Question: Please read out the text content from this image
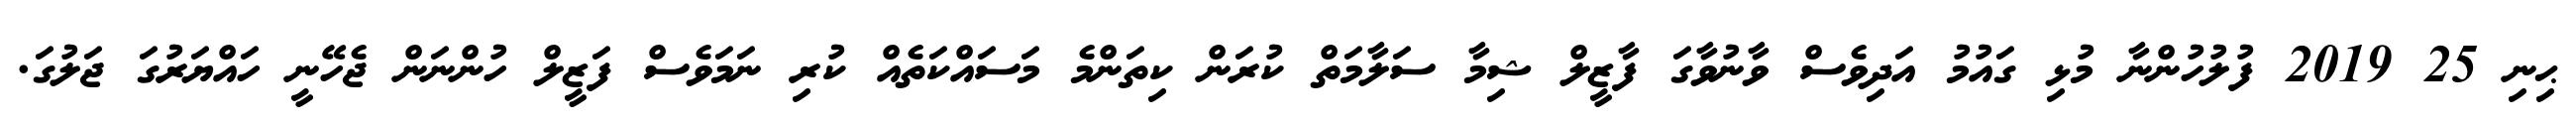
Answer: ޙިނި 25 2019 ފުލުހުންނާ މުޅި ގައުމު އަދިވެސް ވާނުވާގަ ފާޒީލް ޝިމާ ސަލާމަތް ކުރަން ކިތަންމެ މަސައްކަތެއް ކުރި ނަމަވެސް ފަޒީލް ހުންނަން ޖެހޭނީ ހައްޔަރުގަ ޖަލުގަ.